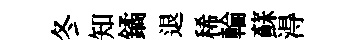
冬知鐍退稀輪蘇淂